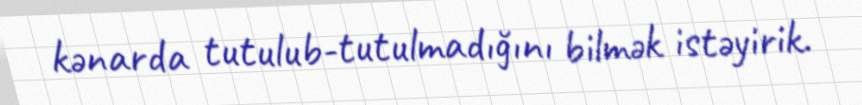
kənarda tutulub-tutulmadığını bilmək istəyirik.